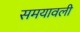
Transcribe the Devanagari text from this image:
समयावली